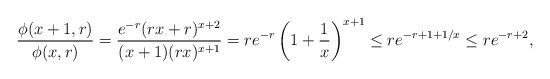
LaTeX: \begin{align*}\frac{\phi(x+1,r)}{\phi(x,r)}=\frac{e^{-r}(rx+r)^{x+2}}{(x+1)(rx)^{x+1}}= r e^{-r}\left(1+\frac{1}{x}\right)^{x+1}\le re^{-r+1+1/x}\le re^{-r+2},\end{align*}